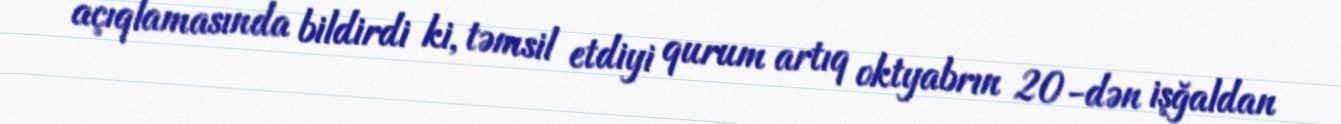
açıqlamasında bildirdi ki, təmsil etdiyi qurum artıq oktyabrın 20-dən işğaldan